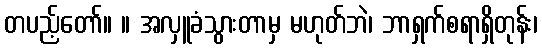
တပည့်တော်။ ။ အလှူခံသွားတာမှ မဟုတ်ဘဲ၊ ဘာရှက်စရာရှိတုန်း၊